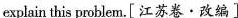
explain this problem.[江苏卷·改编]